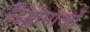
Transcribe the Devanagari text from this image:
डिप्लोमाओं